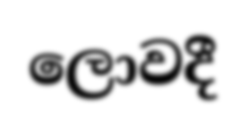
ලොවදී